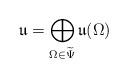
LaTeX: \begin{align*} \mathfrak u = \bigoplus\limits_{\Omega \in \widetilde \Psi} \mathfrak u(\Omega)\end{align*}